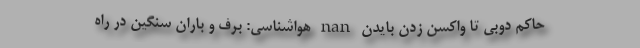
حاکم دوبی تا واکسن زدن بایدن nan هواشناسی: برف و باران سنگین در راه